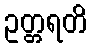
ဥတ္တရတိ